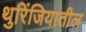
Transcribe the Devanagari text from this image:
थुरिंजियातील